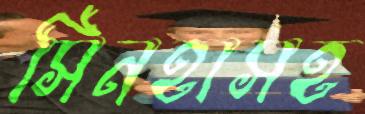
সিনহাসহ